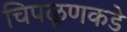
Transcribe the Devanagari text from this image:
चिपळूणकडे